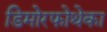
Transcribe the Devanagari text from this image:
डिमोरफोथेका